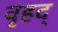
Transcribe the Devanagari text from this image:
वृहद्‌